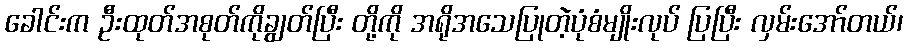
ခေါင်းက ဦးထုတ်အစုတ်ကိုချွတ်ပြီး တို့ကို အရိုအသေပြုတဲ့ပုံစံမျိုးလုပ် ပြပြီး လှမ်းအော်တယ်၊